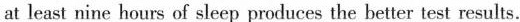
at least nine hours of sleep produces the better test results.